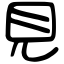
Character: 見